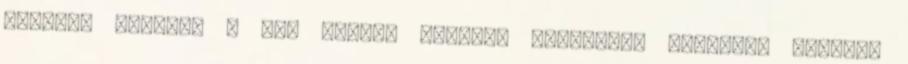
kellet, kellünk a tér keleti oldalán végigfutó csatorna fölött,